Annual report of the Punjab Veterinary College and of the Civil Veterinary Department, Punjab - 1920-1925
Year: 1920
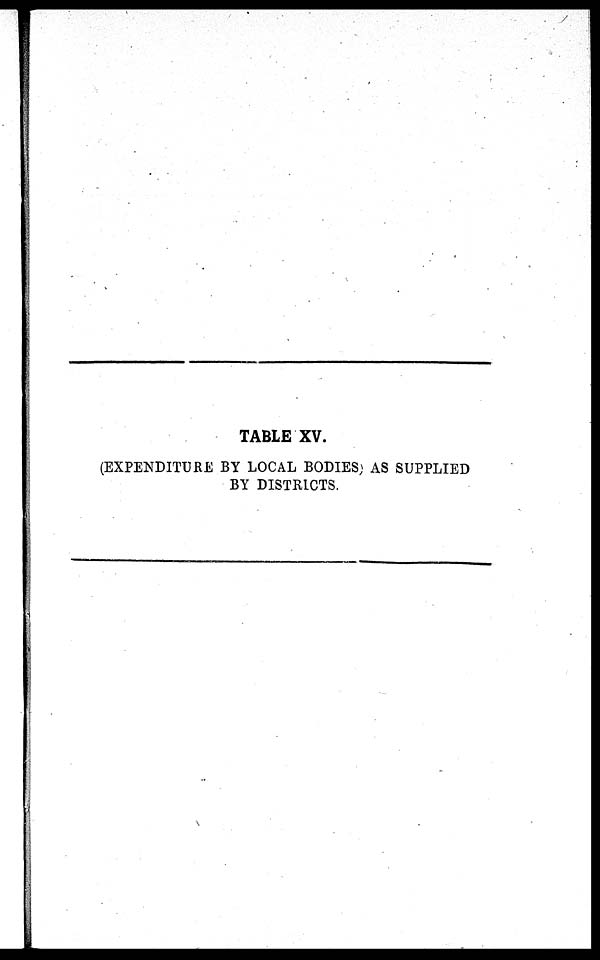
TABLE XV.
(EXPENDITURE BY LOCAL BODIES) AS SUPPLIED
BY DISTRICTS.